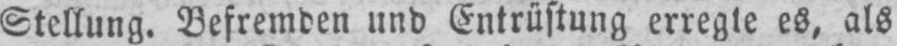
Stellung. Befremden und Entrüstung erregte es, als